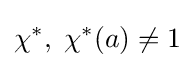
\chi ^{*},\;\chi ^{*}(a)\neq 1